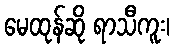
မေထုန်ဆို ရာသီကူး၊